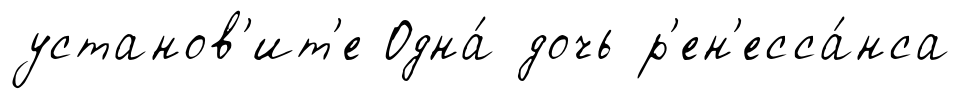
установ'ит'е Одна́ дочь р'ен'есса́нса